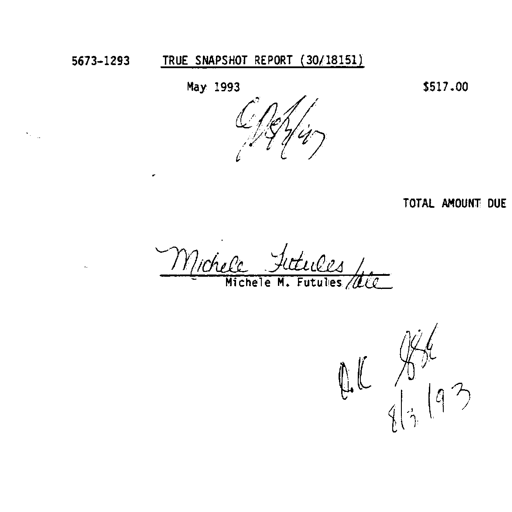
5673-1293 TRUE SNAPSHOT REPORT (30/18151)
May 1993 $517.00
C. Dehling
TOTAL AMOUNT DUE
Michele Futules
Michele M. Futules ace
O.K. SSK
8/3/93